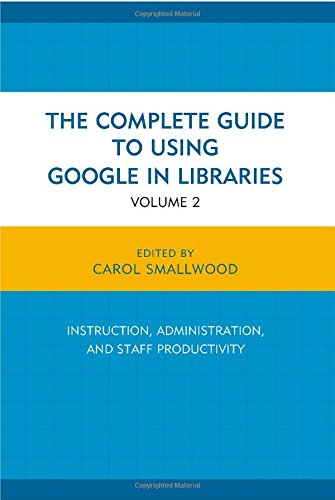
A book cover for The Complete Guide to Using Google in Libraries: Research, User Applications, and Networking (Volume 2); Carol Smallwood; Politics & Social Sciences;